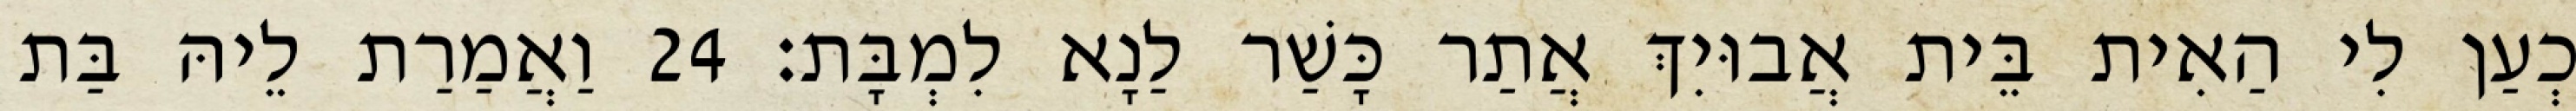
כְעַן לִי הַאִית בֵּית אֲבוּיִךְ אֲתַר כָּשַׁר לַנָא לִמְבָּת׃ 24 וַאֲמַרַת לֵיהּ בַּת